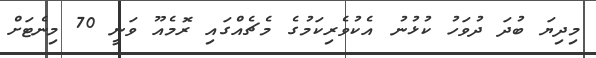
މިދިޔަ ބުދަ ދުވަހު ކުޅުނު އެކުވެރިކަމުގެ މެޗެއްގައި ރޮމެއޫ ވަނީ 70 މިނެޓަށް